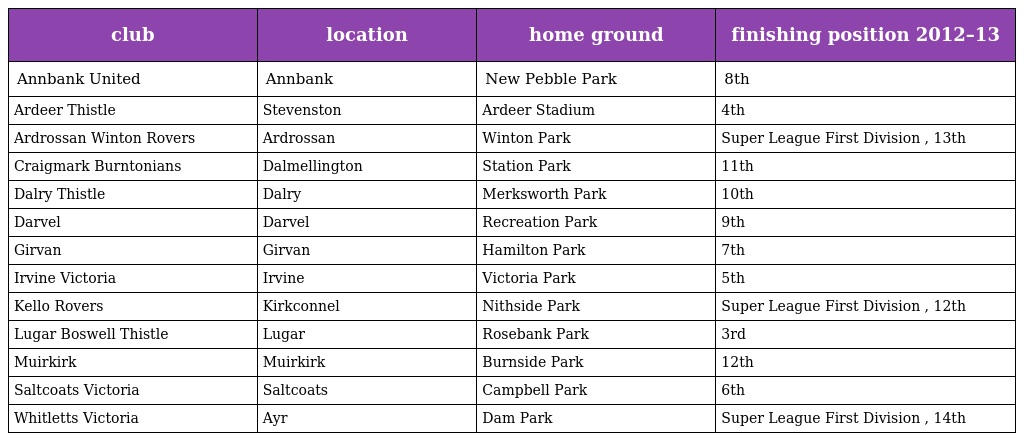
| club | location | home ground | finishing position 2012–13 |
 | --- | --- | --- | --- |
 | Annbank United | Annbank | New Pebble Park | 8th |
 | Ardeer Thistle | Stevenston | Ardeer Stadium | 4th |
 | Ardrossan Winton Rovers | Ardrossan | Winton Park | Super League First Division , 13th |
 | Craigmark Burntonians | Dalmellington | Station Park | 11th |
 | Dalry Thistle | Dalry | Merksworth Park | 10th |
 | Darvel | Darvel | Recreation Park | 9th |
 | Girvan | Girvan | Hamilton Park | 7th |
 | Irvine Victoria | Irvine | Victoria Park | 5th |
 | Kello Rovers | Kirkconnel | Nithside Park | Super League First Division , 12th |
 | Lugar Boswell Thistle | Lugar | Rosebank Park | 3rd |
 | Muirkirk | Muirkirk | Burnside Park | 12th |
 | Saltcoats Victoria | Saltcoats | Campbell Park | 6th |
 | Whitletts Victoria | Ayr | Dam Park | Super League First Division , 14th |